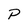
Character: P